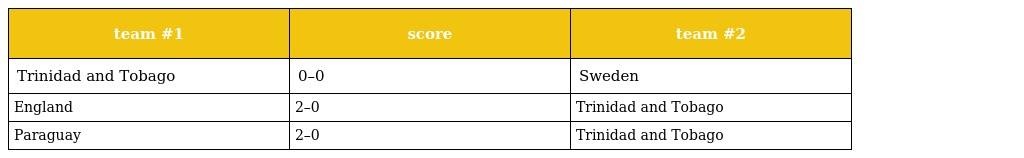
| team #1 | score | team #2 |
 | --- | --- | --- |
 | Trinidad and Tobago | 0–0 | Sweden |
 | England | 2–0 | Trinidad and Tobago |
 | Paraguay | 2–0 | Trinidad and Tobago |